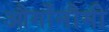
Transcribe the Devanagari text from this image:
और्गोनौमी